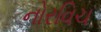
નોરવિચ